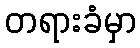
တရားခံမှာ